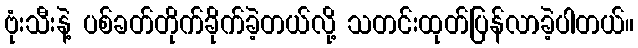
ဗုံးသီးနဲ့ ပစ်ခတ်တိုက်ခိုက်ခဲ့တယ်လို့ သတင်းထုတ်ပြန်လာခဲ့ပါတယ်။